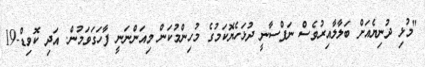
"މުޅި ދުނިޔެއަށް ބަލާލާއިރުވެސް ނަފްސާނީ ދުޅަހެޔޮކަމުގެ މުހިންމުކަން މިއަންނަނީ ފާހަގަވަމުން. އަދި ކޮވިޑް-19